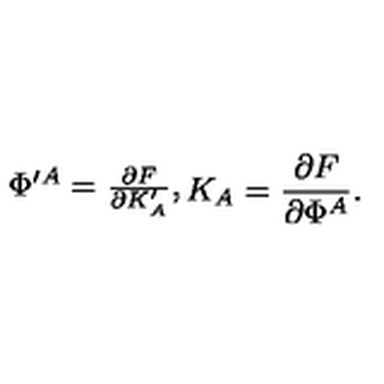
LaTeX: \begin{matrix} { \Phi ^ { \prime A } = { \frac { \partial F } { \partial K _ { A } ^ { \prime } } } , } & { K _ { A } = { \frac { \partial F } { \partial \Phi ^ { A } } } . } \\ \end{matrix}